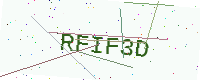
Text: RFIF3D